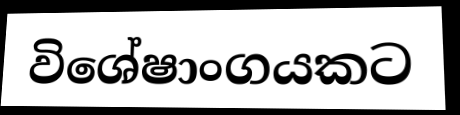
විශේෂාංගයකට